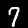
Digit: 7